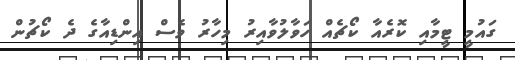
ގައުމީ ޓީމާއި ކޮރެއާ ކޯޗެއް ހަވާލުވާއިރު މިހާރު ވެސް އިންޑިއާގެ ދެ ކޯޗުން